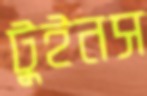
টুইনস